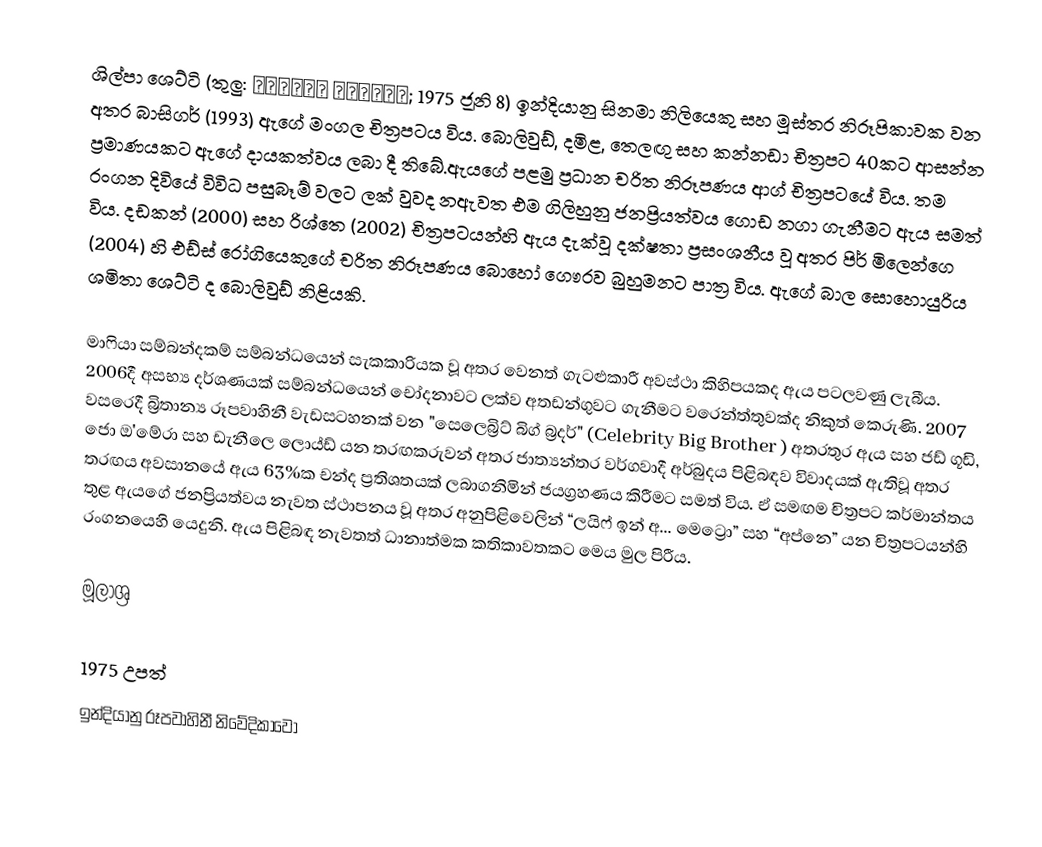
ශිල්පා ශෙට්ටි (තුලු: ಶಿಲ್ಪಾ ಶೆಟ್ಟಿ; 1975 ජූනි 8) ඉන්දියානු සිනමා නිලියෙකු සහ මූස්තර නිරූපිකාවක වන අතර බාසිගර් (1993) ඇගේ මංගල චිත්‍රපටය විය. බොලිවුඩ්, දමිළ, තෙලඟු සහ කන්නඩා චිත්‍රපට 40කට ආසන්න ප්‍රමාණයකට ඇගේ දායකත්වය ලබා දී තිබේ.ඇයගේ පළමු ප්‍රධාන චරිත නිරූපණය ආග් චිත්‍රපටයේ විය. තම රංගන දිවියේ විවිධ පසුබෑම් වලට ලක් වුවද නඇවත එම ගිලිහුනු ජනප්‍රියත්වය ගොඩ නගා ගැනීමට ඇය සමත් විය. දඩකන් (2000) සහ රිශ්තෙ (2002) චිත්‍රපටයන්හි ඇය දැක්වූ දක්ෂතා ප්‍රසංශනීය වූ අතර පිර් මිලෙන්ගෙ (2004) හි එඩ්ස් රෝගියෙකුගේ චරිත නිරූපණය බොහෝ ගෞරව බුහුමනට පාත්‍ර විය. ඇගේ බාල සොහොයුරිය ශමිතා ශෙට්ටි ද බොලිවුඩ් නිළියකි.

මාෆියා සම්බන්දකම් සම්බන්ධයෙන් සැකකාරියක වූ අතර වෙනත් ගැටළුකාරී අවස්ථා කිහිපයකද ඇය පටලවණු ලැබීය. 2006දී අසභ්‍ය දර්ශණයක් සම්බන්ධයෙන් චෝදනාවට ලක්ව අතඩන්ගුවට ගැනීමට වරෙන්ත්තුවක්ද නිකුත් කෙරුණි. 2007 වසරෙදී බ්‍රිතාන්‍ය රූපවාහිනී වැඩසටහනක් වන "සෙලෙබ්‍රිට් බිග් බ්‍රදර්" (Celebrity Big Brother ) අතරතුර ඇය සහ ජඩ් ගූඩි, ජො ඔ'මේරා සහ ඩැනීලෙ ලොය්ඩ් යන තරඟකරුවන් අතර ජාත්‍යන්තර වර්ගවාදී අර්බුදය පිළිබඳව විවාදයක් ඇතිවූ අතර තරඟය අවසානයේ ඇය 63%ක චන්ද ප්‍රතිශතයක් ලබාගනිමින් ජයග්‍රහණය කිරීමට සමත් විය. ඒ සමඟම චිත්‍රපට කර්මාන්තය තුළ ඇයගේ ජනප්‍රියත්වය  නැවත ස්ථාපනය වූ අතර අනුපිළිවෙලින් “ලයිෆ් ඉන් අ... මෙට්‍රො” සහ “අප්නෙ” යන චිත්‍රපටයන්හි රංගනයෙහි යෙදුනි. ඇය පිළිබඳ නැවතත් ධානාත්මක කතිකාවතකට මෙය මුල පිරීය.

මූලාශ්‍ර

1975 උපත්
ඉන්දියානු රූපවාහිනී නිවේදිකාවෝ